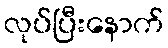
လုပ်ပြီးနောက်